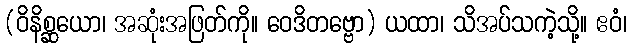
(ဝိနိစ္ဆယော၊ အဆုံးအဖြတ်ကို။ ဝေဒိတဗ္ဗော) ယထာ၊ သိအပ်သကဲ့သို့။ ဧဝံ၊